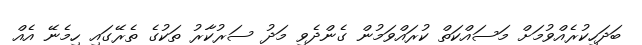
ބަދަހިކުރެއްވުމަށް މަސައްކަތް ކުރައްވަމުން ގެންދެވި މަދު ސަރުކާރު ތަކުގެ ތެރޭގައި ހިމެނޭ އެއް